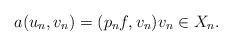
\begin{align*}a(u_n,v_n) =(p_n f,v_n) v_n \in X_n.\end{align*}